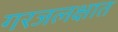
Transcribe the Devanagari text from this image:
गरजलक्षात